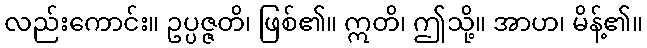
လည်းကောင်း။ ဥပ္ပဇ္ဇတိ၊ ဖြစ်၏။ ဣတိ၊ ဤသို့။ အာဟ၊ မိန့်၏။